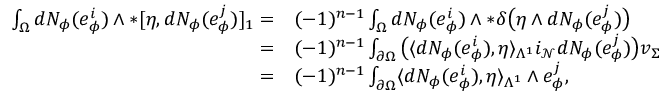
\begin{array} { r l } { \int _ { \Omega } d N _ { \phi } ( e _ { \phi } ^ { i } ) \wedge \ast [ \eta , d N _ { \phi } ( e _ { \phi } ^ { j } ) ] _ { 1 } = } & { ( - 1 ) ^ { n - 1 } \int _ { \Omega } d N _ { \phi } ( e _ { \phi } ^ { i } ) \wedge \ast \delta \big ( \eta \wedge d N _ { \phi } ( e _ { \phi } ^ { j } ) \big ) } \\ { = } & { ( - 1 ) ^ { n - 1 } \int _ { \partial \Omega } \big ( \langle d N _ { \phi } ( e _ { \phi } ^ { i } ) , \eta \rangle _ { \Lambda ^ { 1 } } i _ { \mathcal { N } } d N _ { \phi } ( e _ { \phi } ^ { j } ) \big ) v _ { \Sigma } } \\ { = } & { ( - 1 ) ^ { n - 1 } \int _ { \partial \Omega } \langle d N _ { \phi } ( e _ { \phi } ^ { i } ) , \eta \rangle _ { \Lambda ^ { 1 } } \wedge e _ { \phi } ^ { j } , } \end{array}